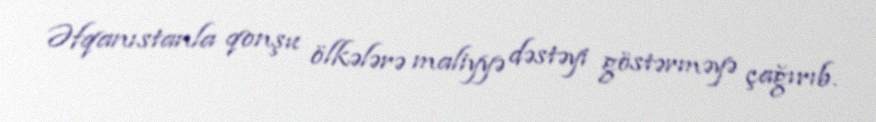
Əfqanıstanla qonşu ölkələrə maliyyə dəstəyi göstərməyə çağırıb.